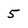
Character: 5